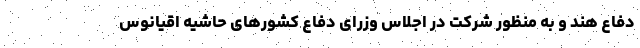
دفاع هند و به منظور شرکت در اجلاس وزرای دفاع کشورهای حاشیه اقیانوس